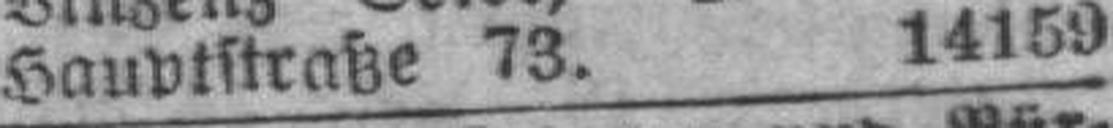
Hauptstraße 73. 14159